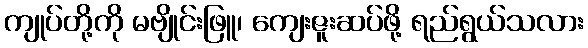
ကျုပ်တို့ကို မဗျိုင်းဖြူ၊ ကျေးဇူးဆပ်ဖို့ ရည်ရွယ်သလား